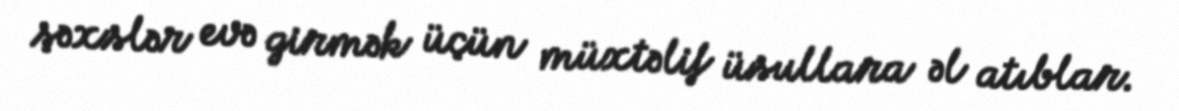
şəxslər evə girmək üçün müxtəlif üsullara əl atıblar.